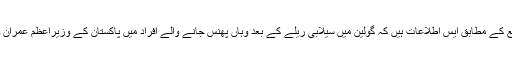
ڈپٹی کمشنر چترال کے دفتر کے ذرائع کے مطابق ایس اطلاعات ہیں کہ گولین میں سیلابی ریلے کے بعد وہاں پھنس جانے والے افراد میں پاکستان کے وزیرِاعظم عمران خان کی بہن علیمہ خان بھی شامل ہیں۔